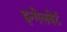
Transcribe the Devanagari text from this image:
इन्गेलबेर्ट